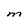
Character: M